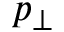
p _ { \perp }